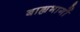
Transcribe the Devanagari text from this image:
बाह्यभागों